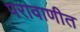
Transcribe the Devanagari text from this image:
परावाणीत